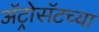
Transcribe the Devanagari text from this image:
ॲट्रोसॅटच्या